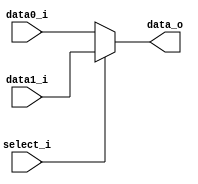
//Subject:     CO project 2 - MUX 221
//--------------------------------------------------------------------------------
//Version:     1
//--------------------------------------------------------------------------------
//Writer:      0510008  & 0510026 
//----------------------------------------------
//Date:        
//----------------------------------------------
//Description: 
//--------------------------------------------------------------------------------
     
module MUX_2to1(
               data0_i,
               data1_i,
               select_i,
               data_o
               );

parameter size = 0;			   
			
//I/O ports               
input   [size-1:0] data0_i;          
input   [size-1:0] data1_i;
input              select_i;
output  [size-1:0] data_o; 

//Internal Signals
reg     [size-1:0] data_o;

always@(*)begin
 data_o = (select_i)? data1_i: data0_i;
 end
//Main function

endmodule